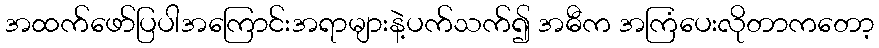
အထက်ဖော်ပြပါအကြောင်းအရာများနဲ့ပက်သက်၍ အဓီက အကြံပေးလိုတာကတော့